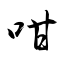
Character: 咁